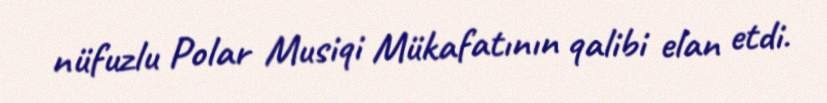
nüfuzlu Polar Musiqi Mükafatının qalibi elan etdi.